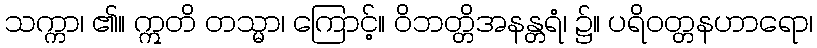
သက္ကာ၊ ၏။ ဣတိ တသ္မာ၊ ကြောင့်။ ဝိဘတ္တိအနန္တရံ၊ ၌။ ပရိဝတ္တနဟာရော၊